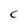
Character: C